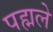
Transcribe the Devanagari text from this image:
पह्मले